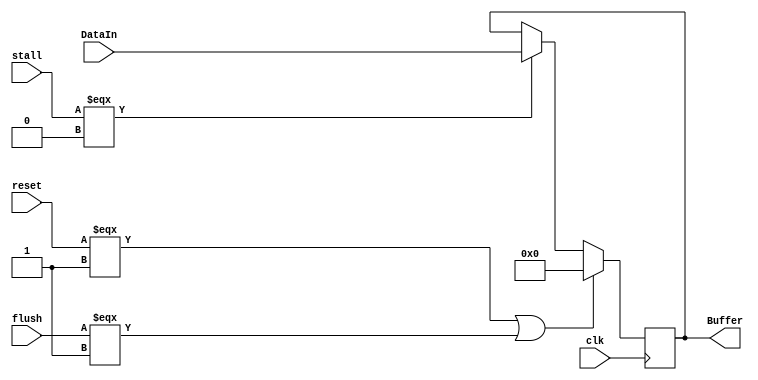
// Rdst|WB|MW|MR|Data|Address
module EX_MEM(
    DataIn, Buffer, clk, reset, flush,stall
);
    input [77:0] DataIn;
    input clk,reset, flush,stall;
    output reg [77:0] Buffer;
    always @(posedge clk) begin
        if(reset===1'b1 || flush===1'b1)
            Buffer=76'b0;
        else if (stall===1'b0)
            Buffer = DataIn;
    end
endmodule